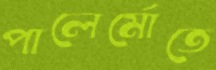
পালের্মোতে